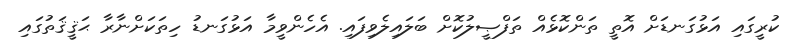
ކުރީގައި އަޅުގަނޑަށް އޮތީ ތަންކޮޅެއް ތަފްޞީލުކޮށް ބަލައިލެވިފައި. އެހެންވީމާ އަޅުގަނޑު ހިތަކަށްނާރާ ޙަޤީޤަތުގައި